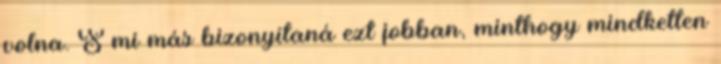
volna. S mi más bizonyítaná ezt jobban, minthogy mindketten